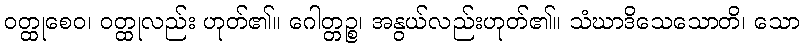
ဝတ္ထုစေဝ၊ ဝတ္ထုလည်း ဟုတ်၏။ ဂေါတ္တဉ္စ၊ အနွယ်လည်းဟုတ်၏။ သံဃာဒိသေသောတိ၊ သော